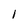
Character: 1